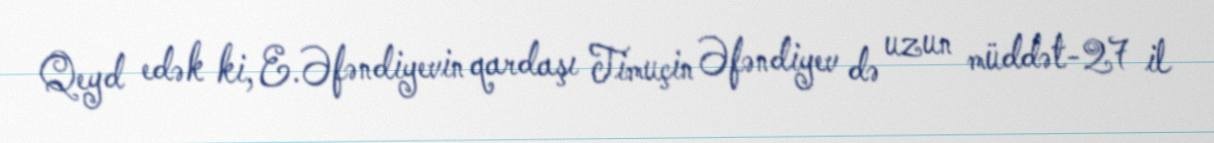
Qeyd edək ki, E.Əfəndiyevin qardaşı Timuçin Əfəndiyev də uzun müddət-27 il